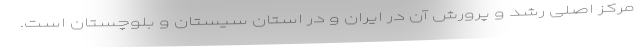
مرکز اصلی رشد و پرورش آن در ایران و در استان سیستان و بلوچستان است.